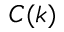
C ( k )